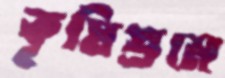
কৃষিশ্রমে